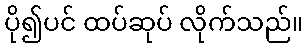
ပို၍ပင် ထပ်ဆုပ် လိုက်သည်။